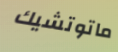
ماتوتشيك